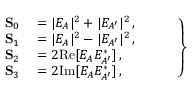
\left. \begin{array} { r l } { \mathbf { S } _ { 0 } } & { { } = | E _ { A } | ^ { 2 } + | E _ { A ^ { \prime } } | ^ { 2 } \, , \phantom { Z Z Z Z } } \\ { \mathbf { S } _ { 1 } } & { { } = | E _ { A } | ^ { 2 } - | E _ { A ^ { \prime } } | ^ { 2 } \, , } \\ { \mathbf { S } _ { 2 } } & { { } = 2 \mathrm { R e } [ E _ { A } E _ { A ^ { \prime } } ^ { \ast } ] \, , } \\ { \mathbf { S } _ { 3 } } & { { } = 2 \mathrm { I m } [ E _ { A } E _ { A ^ { \prime } } ^ { \ast } ] \, , } \end{array} \right\}